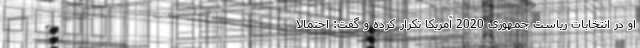
او در انتخابات ریاست جمهوری 2020 آمریکا تکرار کرده و گفت: احتمالا